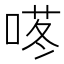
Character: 𱓜